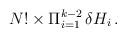
LaTeX: \begin{align*}N!\times \Pi_{i=1}^{k-2} \, \delta H_i \, .\end{align*}